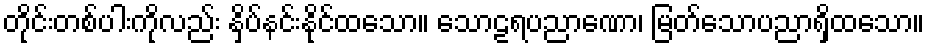
တိုင်းတစ်ပါးကိုလည်း နှိပ်နင်းနိုင်ထသော။ သောဠရပညာဏော၊ မြတ်သောပညာရှိထသော။